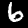
Label: 6